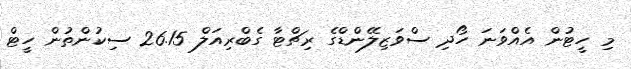
މި ހީޓުން އެއްވަނަ ހޯދި ސްވަޒިލޭންޑްގެ ރިޗްޓާ ގެބްރިއަލް 26.15 ސިކުންތުން ހީޓް